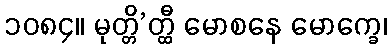
၁၀၈၄။ မုတ္တိ’တ္ထီ မောစနေ မောက္ခေ၊